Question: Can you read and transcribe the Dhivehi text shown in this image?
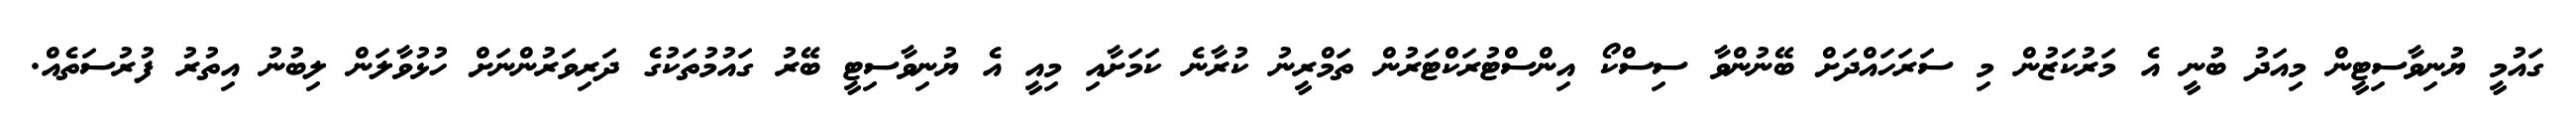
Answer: ގައުމީ ޔުނިވާސިޓީން މިއަދު ބުނީ އެ މަރުކަޒުން މި ސަރަހައްދަށް ބޭނުންވާ ސިސްކޯ އިންސްޓުރަކްޓަރުން ތަމްރީނު ކުރާނެ ކަމަށާއި މިއީ އެ ޔުނިވާސިޓީ ބޭރު ގައުމުތަކުގެ ދަރިވަރުންނަށް ހުޅުވާލަން ލިބުނު އިތުރު ފުރުސަތެއް.